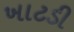
ખાટડી